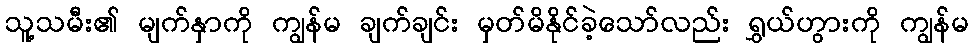
သူ့သမီး၏ မျက်နှာကို ကျွန်မ ချက်ချင်း မှတ်မိနိုင်ခဲ့သော်လည်း ရွှယ်ဟွားကို ကျွန်မ